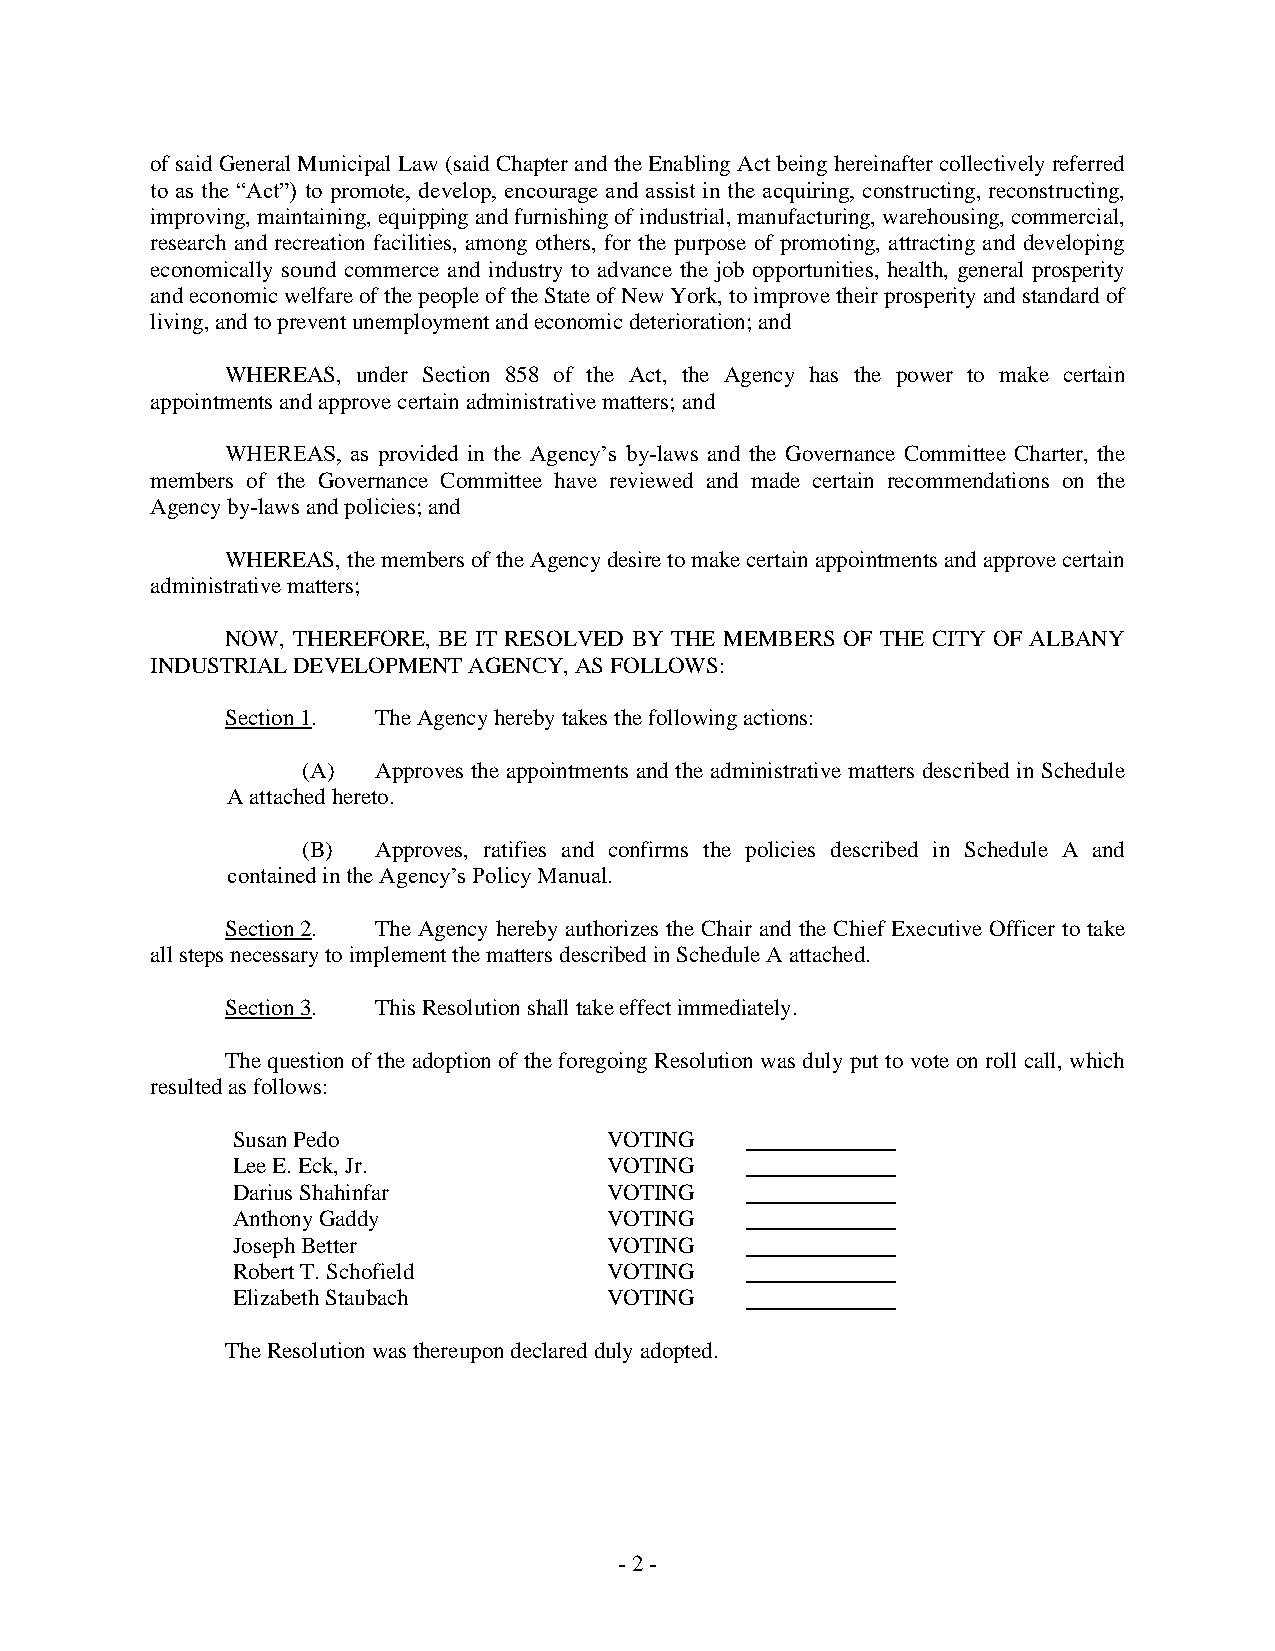
of said General Municipal Law (said Chapter and the Enabling Act being hereinafter collectively referred
 to as the “Act”) to promote, develop, encourage and assist in the acquiring, constructing, reconstructing,
 improving, maintaining, equipping and furnishing of industrial, manufacturing, warehousing, commercial,
 research and recreation facilities, among others, for the purpose of promoting, attracting and developing
 economically sound commerce and industry to advance the job opportunities, health, general prosperity
 and economic welfare of the people of the State of New York, to improve their prosperity and standard of
 living, and to prevent unemployment and economic deterioration; and
 WHEREAS, under Section 858 of the Act, the Agency has the power to make certain
 appointments and approve certain administrative matters; and
 WHEREAS, as provided in the Agency’s by-laws and the Governance Committee Charter, the
 members of the Governance Committee have reviewed and made certain recommendations on the
 Agency by-laws and policies; and
 WHEREAS, the members of the Agency desire to make certain appointments and approve certain
 administrative matters;
 NOW, THEREFORE, BE IT RESOLVED BY THE MEMBERS OF THE CITY OF ALBANY
 INDUSTRIAL DEVELOPMENT AGENCY, AS FOLLOWS:
 Section 1. The Agency hereby takes the following actions:
 (A)  Approves the appointments and the administrative matters described in Schedule
 A attached hereto.
 (B)  Approves, ratifies and confirms the policies described in Schedule A and
 contained in the Agency’s Policy Manual.
 Section 2. The Agency hereby authorizes the Chair and the Chief Executive Officer to take
 all steps necessary to implement the matters described in Schedule A attached.
 Section 3. This Resolution shall take effect immediately.
 The question of the adoption of the foregoing Resolution was duly put to vote on roll call, which
 resulted as follows:
 Susan Pedo               VOTING
 Lee E. Eck, Jr.          VOTING
 Darius Shahinfar         VOTING
 Anthony Gaddy            VOTING
 Joseph Better            VOTING
 Robert T. Schofield      VOTING
 Elizabeth Staubach       VOTING
 The Resolution was thereupon declared duly adopted.
 - 2 -